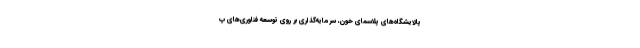
پالایشگاه‌های پلاسمای خون، سرمایه‌گذاری بر روی توسعه فناوری‌های پ